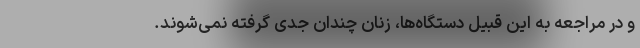
و در مراجعه به این قبیل دستگاه‌ها، زنان چندان جدی گرفته نمی‌شوند.